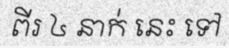
ពីរ ៤ នាក់ នេះ ទៅ